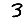
Digit: 3